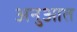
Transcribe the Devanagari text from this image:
अनुआत